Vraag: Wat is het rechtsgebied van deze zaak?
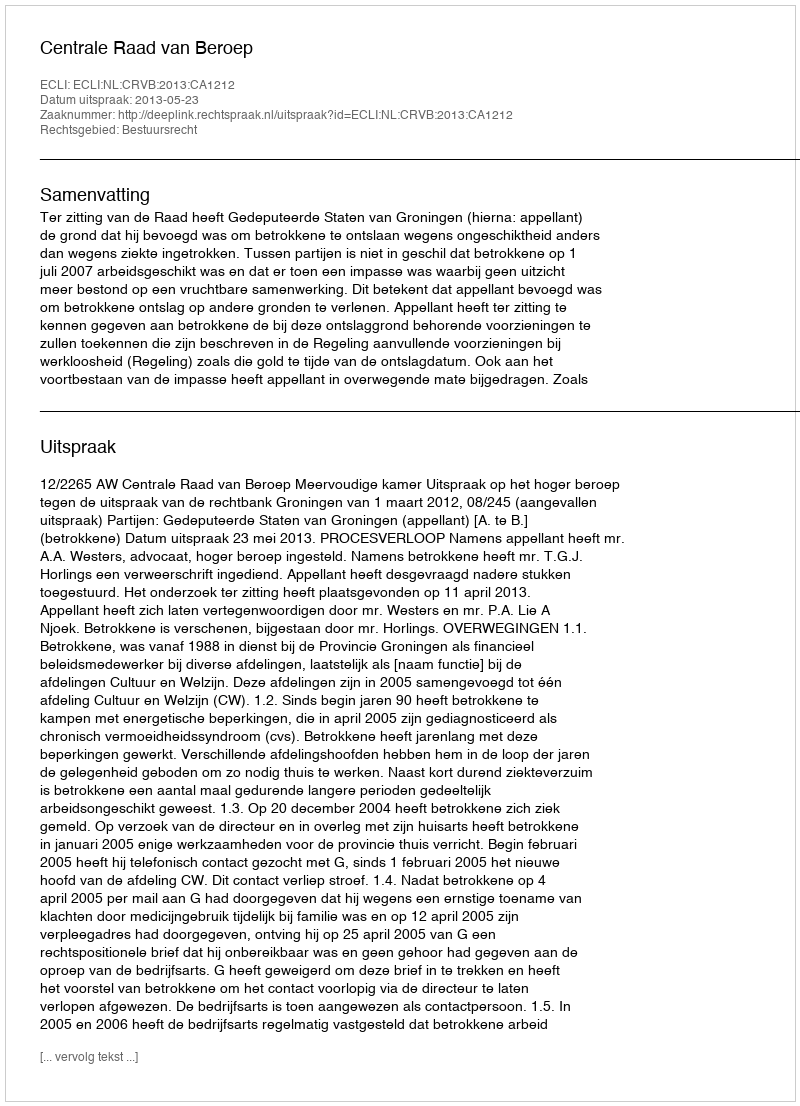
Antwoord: Bestuursrecht